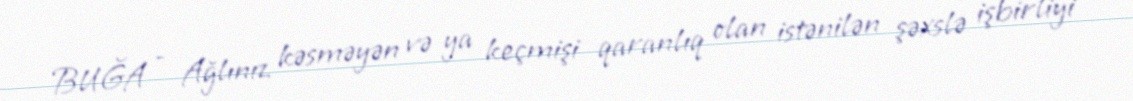
BUĞA - Ağlınız kəsməyən və ya keçmişi qaranlıq olan istənilən şəxslə işbirliyi